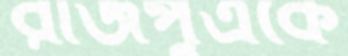
রাজপুত্রকে